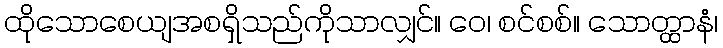
ထိုသောစေယျအစရှိသည်ကိုသာလျှင်။ ဝေ၊ စင်စစ်။ သောတ္ထာနံ၊